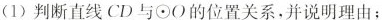
(1)判断直线CD与⊙O的位置关系，并说明理由；